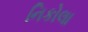
નિકોલા